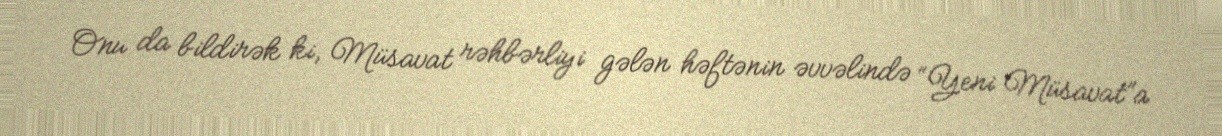
Onu da bildirək ki, Müsavat rəhbərliyi gələn həftənin əvvəlində “Yeni Müsavat”a